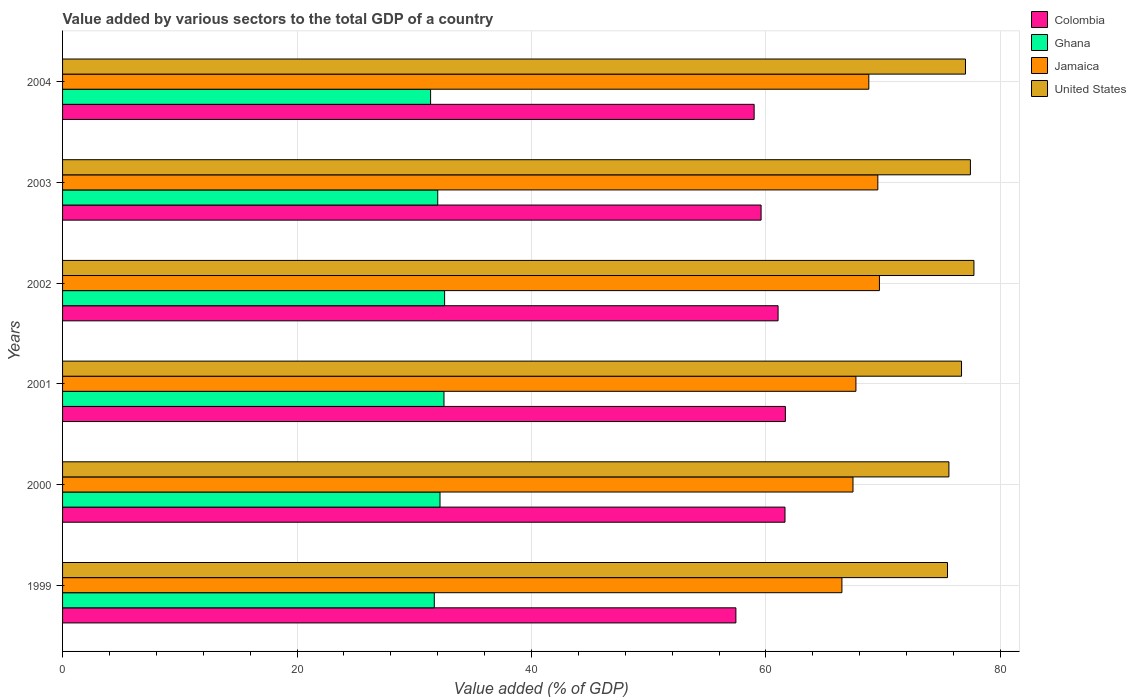
| Years | Colombia | Ghana | Jamaica | United States |
 | --- | --- | --- | --- | --- |
 | 1999 | 57.4 | 31.7 | 66.5 | 75.5 |
 | 2000 | 61.6 | 32.2 | 67.4 | 75.6 |
 | 2001 | 61.7 | 32.5 | 67.7 | 76.7 |
 | 2002 | 61 | 32.6 | 69.7 | 77.7 |
 | 2003 | 59.6 | 32 | 69.5 | 77.4 |
 | 2004 | 59 | 31.4 | 68.8 | 77 |